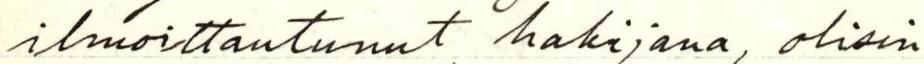
ilmoittautunut hakijana, olisin